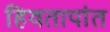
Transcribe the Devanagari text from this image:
हिवतापांत